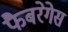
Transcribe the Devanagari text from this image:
फैबरेगेस